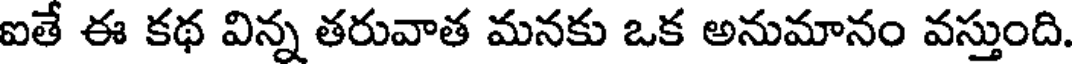
ఐతే ఈ కథ విన్న తరువాత మనకు ఒక అనుమానం వస్తుంది